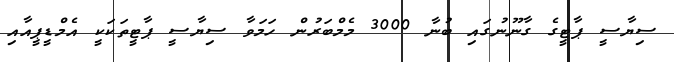
ސިޔާސީ ޕާޓީގެ ގާނޫނުގައި ބުނާ 3000 މެމްބަރުން ހަމަވާ ސިޔާސީ ޕާޓީތަކަކީ އެމްޑީޕީއާއި